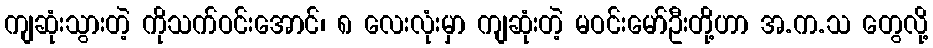
ကျဆုံးသွားတဲ့ ကိုသက်ဝင်းအောင်၊ ၈ လေးလုံးမှာ ကျဆုံးတဲ့ မဝင်းမော်ဦးတို့ဟာ အ.က.သ တွေလို့